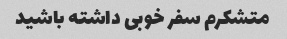
متشکرم سفر خوبی داشته باشید